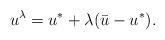
LaTeX: \begin{align*} u^\lambda = u^* + \lambda (\bar{u} - u^*).\end{align*}